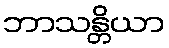
ဘာသန္တိယာ